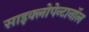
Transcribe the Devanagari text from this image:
साइक्लोपेन्टानॉल